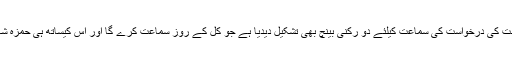
اس کے ساتھ ساتھ لاہور ہائیکورٹ نے حمزہ شہباز شریف کی عبوری ضمانت کی درخواست کی سماعت کیلئے دو رکنی بینچ بھی تشکیل دیدیا ہے جو کل کے روز سماعت کرے گا اور اس کیساتھ ہی حمزہ شہباز شریف کو بینچ کے روبرو پیش ہونے کے احکامات بھی دئیے گئے ہیں۔